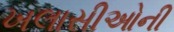
ખલાસીઓની